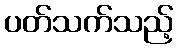
ပတ်သက်သည့်